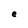
Character: e